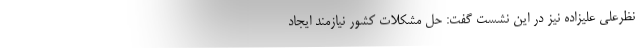
نظرعلی علیزاده نیز در این نشست گفت: حل مشکلات کشور نیازمند ایجاد